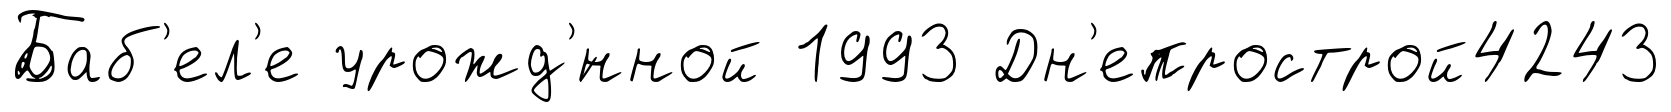
Баб'ел'е урожд'́нной 1993 Дн'епрострой4243